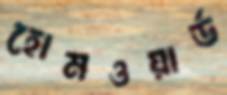
হোমওয়ার্ড